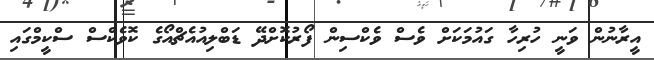
އީރާނުން ވަނީ ހުރިހާ ގައުމަކަށް ވެސް ވެކްސިން ފޯރުކޮށްދޭ ޑަބްލިއުއެޗްއޯގެ ކޮވެކްސް ސްކީމްގައި